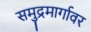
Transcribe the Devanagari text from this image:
समुद्रमार्गावर